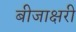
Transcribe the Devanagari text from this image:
बीजाक्षरी